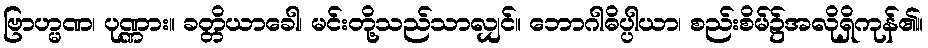
ဗြာဟ္မဏ၊ ပုဏ္ဏား။ ခတ္တိယာခေါ၊ မင်းတို့သည်သာလျှင်။ ဘောဂါဓိပ္ပါယာ၊ စည်းစိမ်၌အလိုရှိကုန်၏။